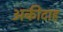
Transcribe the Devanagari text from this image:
अकीदाह